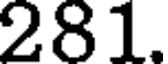
281.